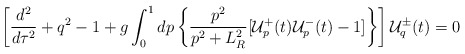
\begin{align*}\left[\frac{d^2}{d\tau^2}+q^2-1+g\int^1_0 dp\left\{\frac{p^2}{p^2+L^2_R}[{\cal{U}}^+_p(t){\cal{U}}^-_p(t)-1]\right\}\right]{\cal{U}}^{\pm}_q(t)=0\end{align*}